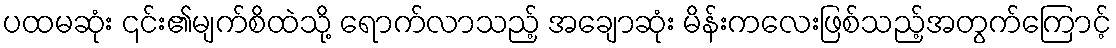
ပထမဆုံး ၎င်း၏မျက်စိထဲသို့ ရောက်လာသည့် အချောဆုံး မိန်းကလေးဖြစ်သည့်အတွက်ကြောင့်